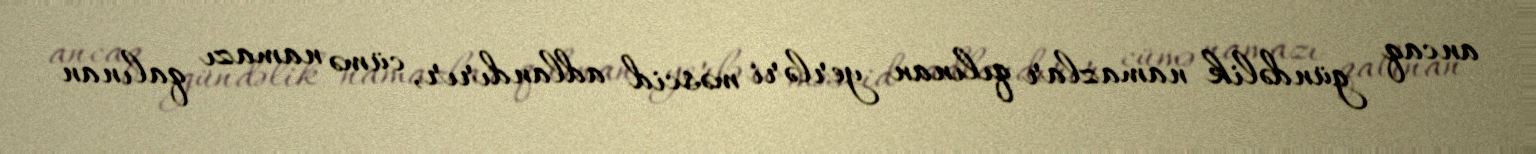
ancaq gündəlik namazlar qılınan yerləri məscid adlandırır, cümə namazı qalınan